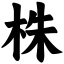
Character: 株